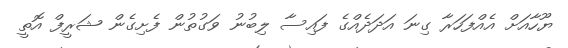
ޔޫހާއަށް އެއްފަހަރާ ގިނަ އަދަދެއްގެ ފައިސާ ލިބުނު ވަގުތުން ފެށިގެން ޝަރީފް އޮތީ